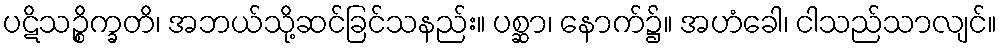
ပဋိသဉ္စိက္ခတိ၊ အဘယ်သို့ဆင်ခြင်သနည်း။ ပစ္ဆာ၊ နောက်၌။ အဟံခေါ၊ ငါသည်သာလျင်။